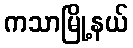
ကသာမြို့နယ်